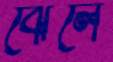
ঝেলে